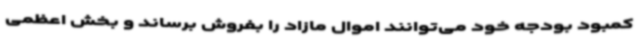
کمبود بودجه خود می‌توانند اموال مازاد را بفروش برساند و بخش اعظمی